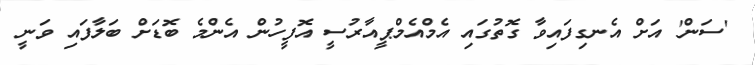
'ސަން' އަށް އެނގިފައިވާ ގޮތުގައި އެމްއެމްޕީއާރުސީ އޮފީހުން އެންމެ ބޮޑަށް ބަލާފައި ވަނީ